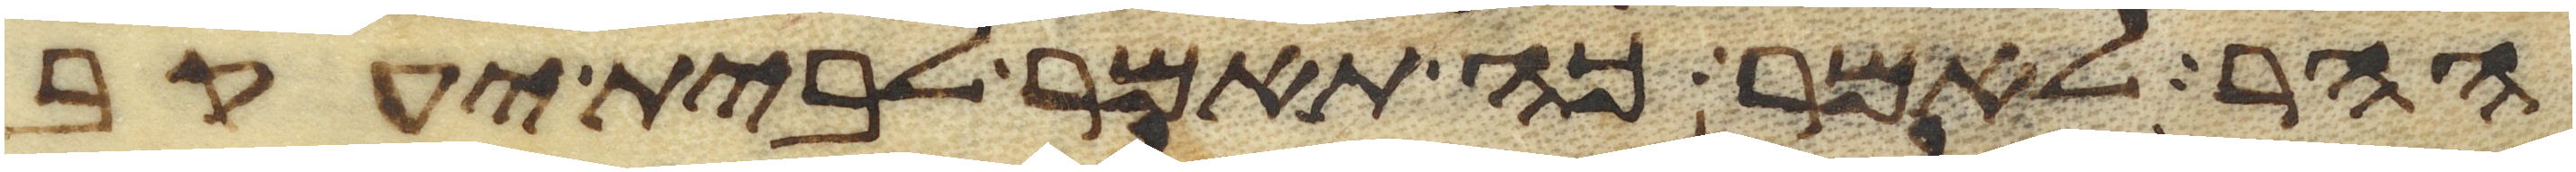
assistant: ההר לאמר כה תאמר לבית יעקב